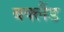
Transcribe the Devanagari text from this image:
बक्लैंड